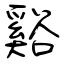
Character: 谿